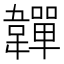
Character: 𩏥